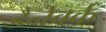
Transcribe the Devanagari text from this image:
डैनेवर्क